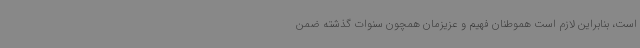
است، بنابراین لازم است هموطنان فهیم و عزیزمان همچون سنوات گذشته ضمن